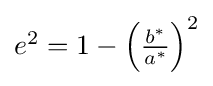
{\textstyle e^{2}=1-\left({\frac {b^{*}}{a^{*}}}\right)^{2}}